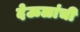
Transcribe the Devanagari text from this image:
देऊळांची